Jaan_Tonisson_(Lasteleht), lk 328
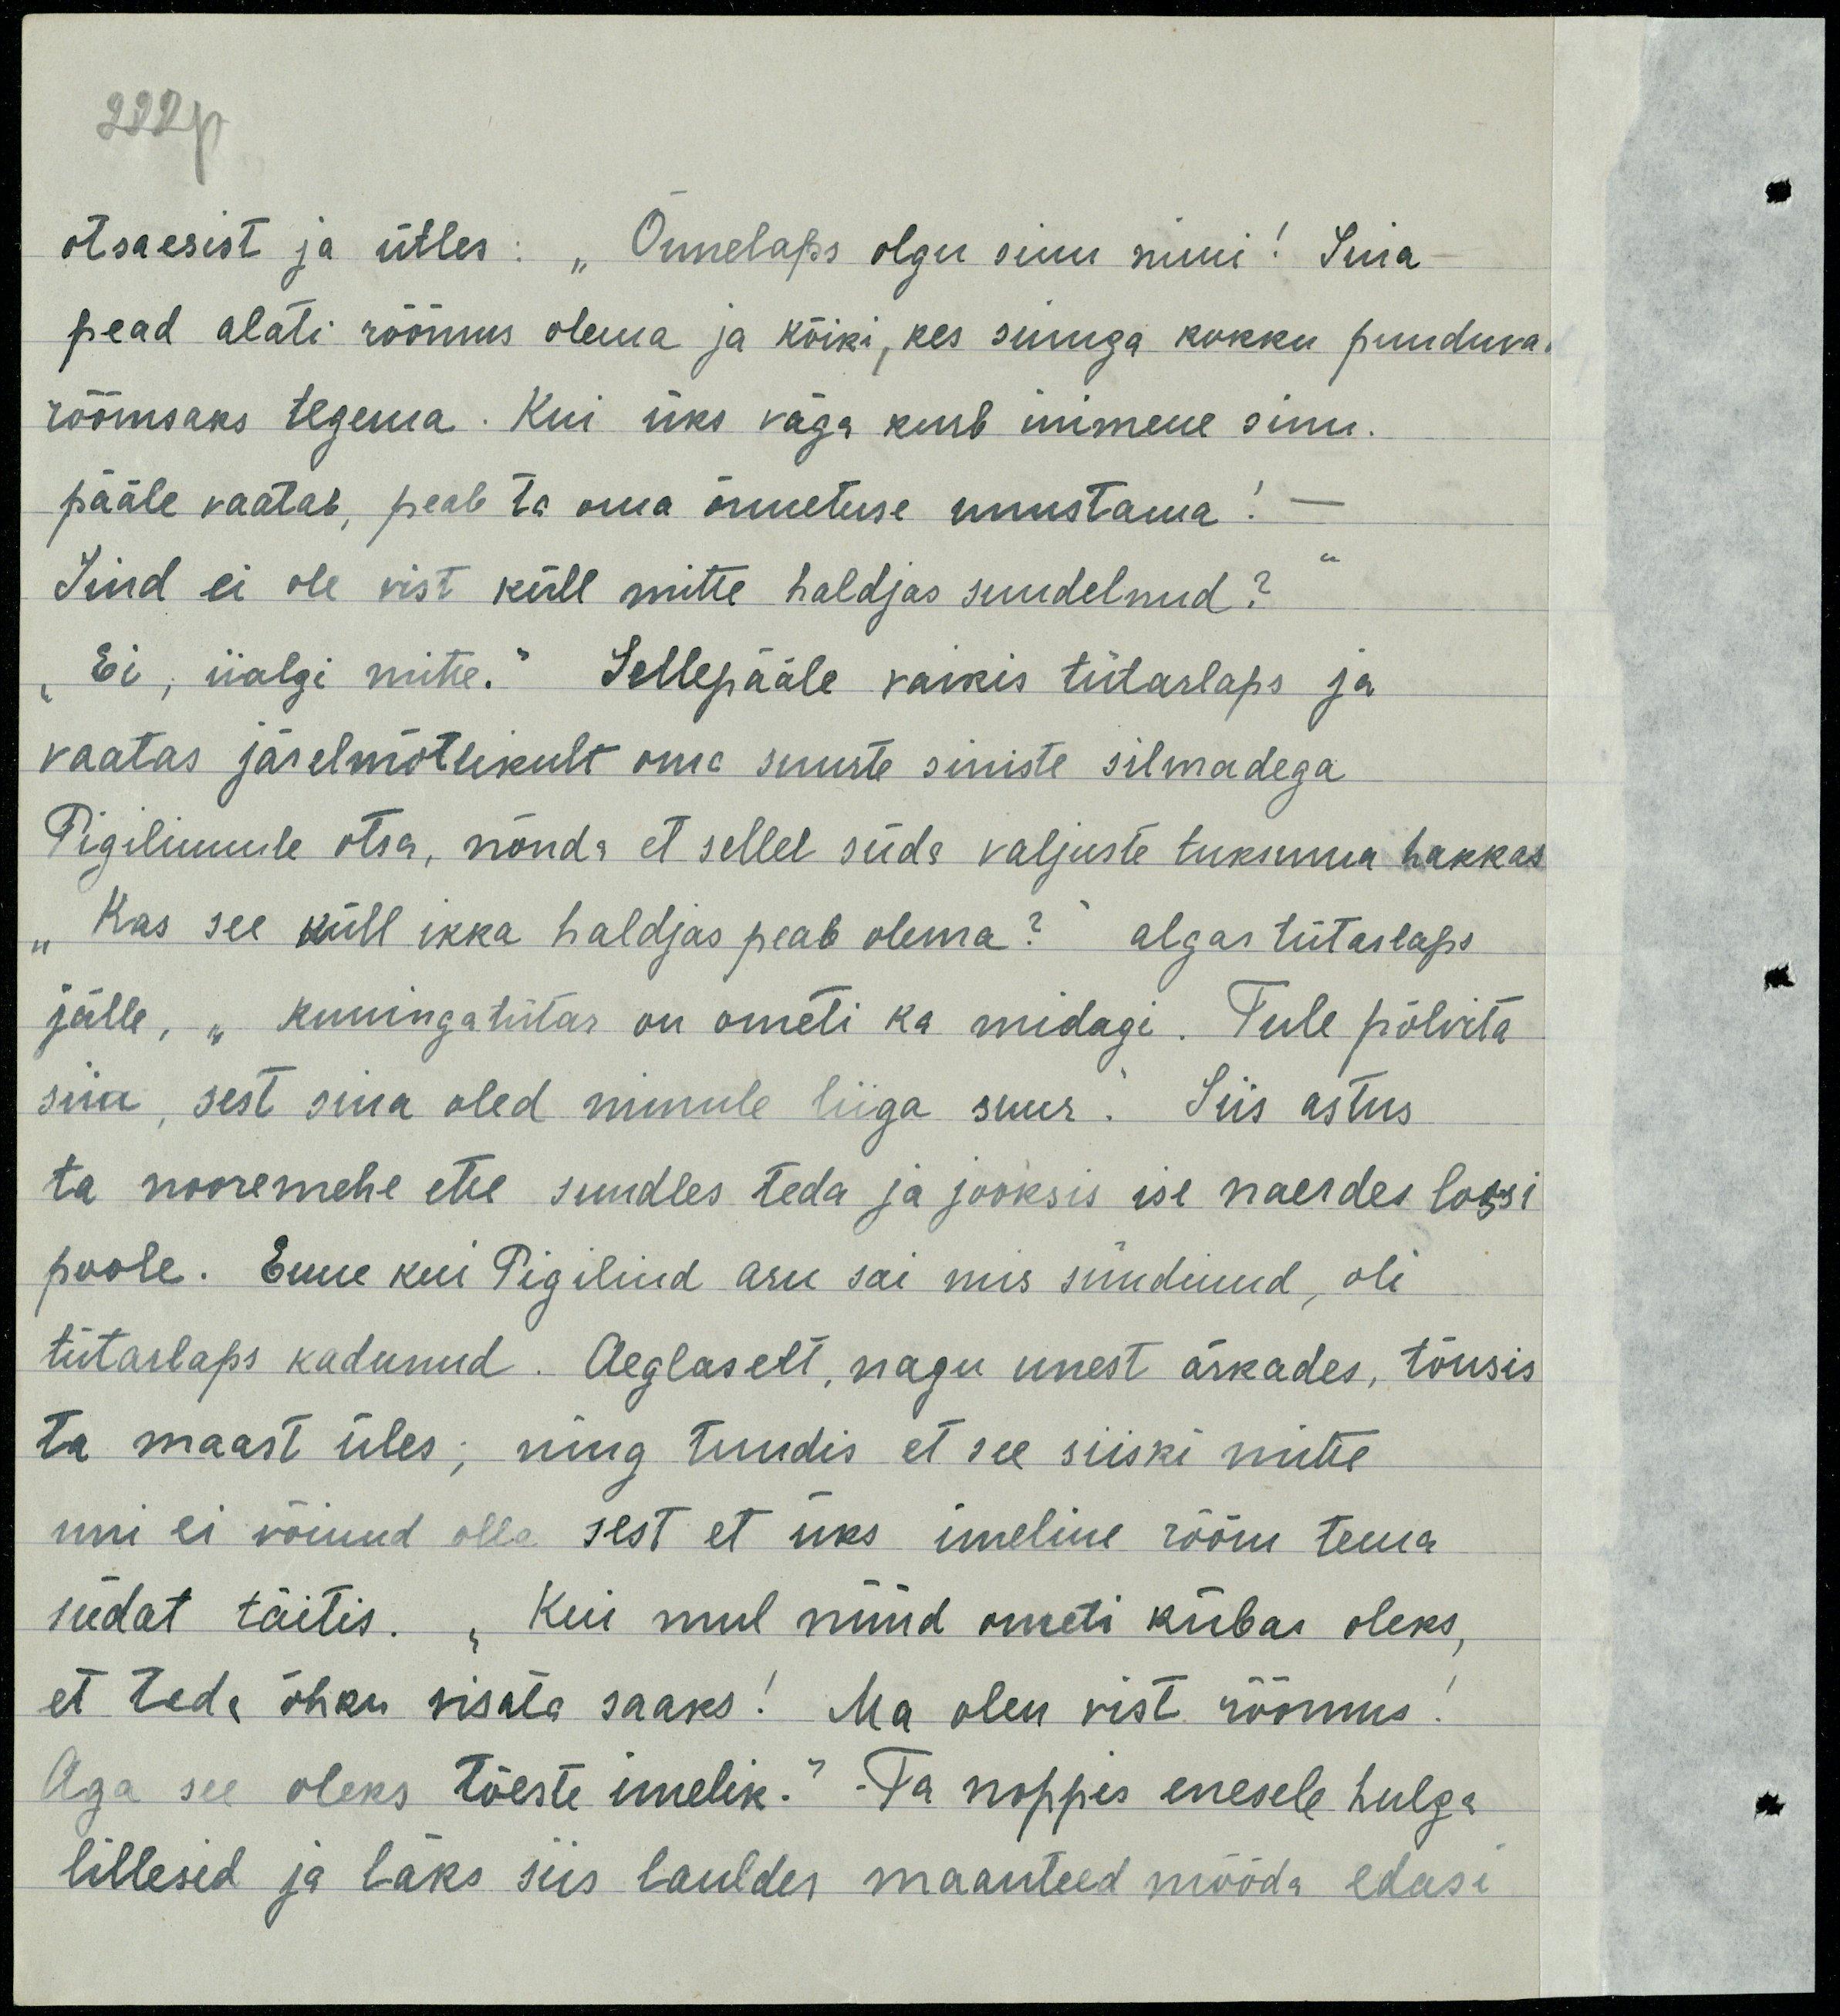
otsaesist ja ütles: "Õnnelaps olgu sinu nimi! Sina
pead alati rõõmus olema ja kõiki, kes sinuga kokku puuduva
rõõmsaks tegema. Kui üks väga kurb inimene sinu
pääle vaatab, peab ta oma õnnetuse unustama!
Sind ei ole vist küll mitte haldjas suudelnud?
Ei, iialgi mitte. Sellepääle vaikis tütarlaps ja
vaatas järelmõtlikult oma suurte siniste silmadega
Pigilinnule otsa, nõnda et sellel süda valjuste tuksuma hakkas
Kas see küll ikka haldjas peab olema?" algas tütarlaps
jälle, "kuningatütar on ometi ka midagi. Tule põlvita
siia, sest sina oled minule liiga suur. Siis astus
ta noormehe ette, suudles teda ja jooksis ise naerdes lossi
poole. Enne kui Pigilind aru sai mis sündinud, oli
tütarlaps kadunud. Aeglaselt nagu unest ärkades, tõusis
ta maast üles ning tundis et see siiski mitte
uni ei võinud olla, sest et üks imeline rõõm tema
südat täitis, kui mul nüüd ometi kübar oleks,
et teda õhku vista saaks! Ma olen vist rõõmus!
Aga see oleks tõeste imelik." Ta noppis enesele hulga
lillesid ja läks siis lauldes maanteed mööda edasi